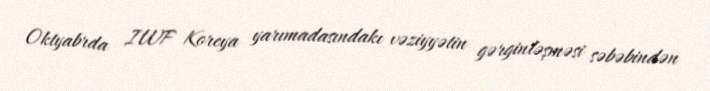
Oktyabrda IWF Koreya yarımadasındakı vəziyyətin gərginləşməsi səbəbindən